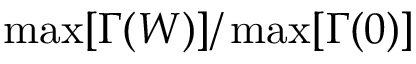
\operatorname* { m a x } [ \Gamma ( W ) ] / \operatorname* { m a x } [ \Gamma ( 0 ) ]